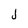
Character: j